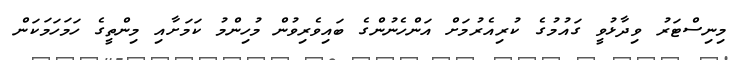
މިނިސްޓަރު ވިދާޅުވީ ގައުމުގެ ކުރިއެރުމަށް އަންހެނުންގެ ބައިވެރިވުން މުހިންމު ކަމަށާއި މިންތީގެ ހަމަހަމަކަން